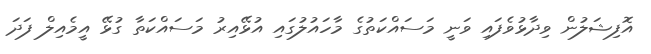
އޮފިޝަލުން ވިދާޅުވެފައި ވަނީ މަސައްކަތުގެ މާހައުލުގައި އުޅޭއިރު މަސައްކަތާ ގުޅޭ އީމެއިލް ފަދަ